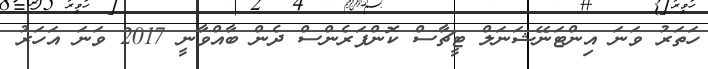
ހަތަރު ވަނަ އިންޓަނޭޝަނަލް ޓީޗާސް ކޮންފަރެންސް ދެން ބާއްވާނީ 2017 ވަނަ އަހަރު